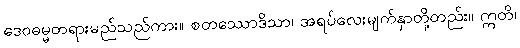
ဒေဝဓမ္မတရားမည်သည်ကား။ စတဿောဒိသာ၊ အရပ်လေးမျက်နှာတို့တည်း။ ဣတိ၊